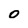
Character: 0